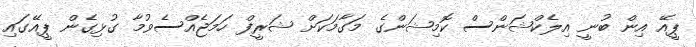
ޕީއޭ އިން ބުނީ އިލެކްޝަންސް ކޮމިޝަންގެ މަގާމަކަށް ޝަރީފް ހަމަޖެއްސެވުމާ ގުޅިގެން ޕީއޭގައި